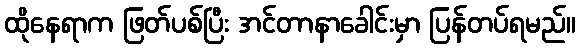
ထိုနေရာက ဖြတ်ပစ်ပြီး အင်တာနာခေါင်းမှာ ပြန်တပ်ရမည်။